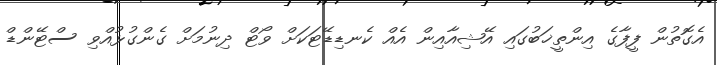
އެގޮތުން ފީފާގެ އިންތީޚަބުގައި އޭޝިއާއިން އެއް ކެނޑިޑޭޓަކަށް ވޯޓް ދިނުމަށް ގެންގުޅުއްވި ސްޓޭންޑް